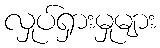
လှုပ်ရှားမှုများ